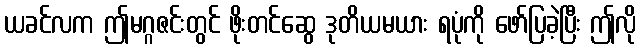
ယခင်လက ဤမဂ္ဂဇင်းတွင် ဖိုးတင်ဆွေ ဒုတိယမယား ရပုံကို ဖော်ပြခဲ့ပြီး ဤလို